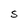
Character: S